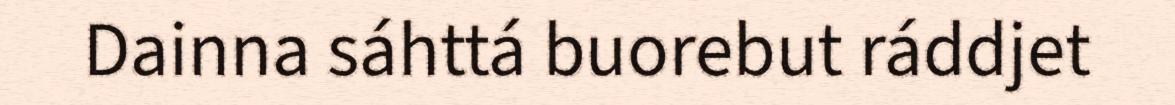
Dainna sáhttá buorebut ráddjet